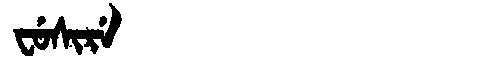
Manchu: ᠸᡠᠰᡳᡵᡝ
Romanization: FUSIRE